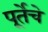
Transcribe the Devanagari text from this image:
पूर्तेचे